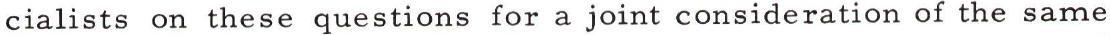
cialists on these questions for a joint consideration of the same